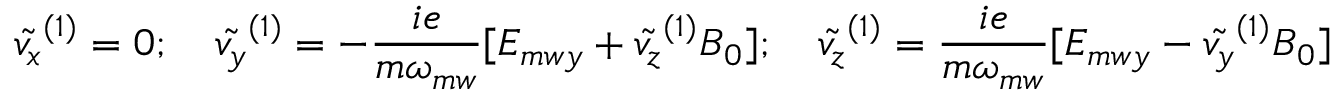
\tilde { v _ { x } } ^ { ( 1 ) } = 0 ; \quad \tilde { v _ { y } } ^ { ( 1 ) } = - \frac { i e } { m \omega _ { m w } } [ E _ { m w y } + \tilde { v _ { z } } ^ { ( 1 ) } B _ { 0 } ] ; \quad \tilde { v _ { z } } ^ { ( 1 ) } = \frac { i e } { m \omega _ { m w } } [ E _ { m w y } - \tilde { v _ { y } } ^ { ( 1 ) } B _ { 0 } ]